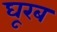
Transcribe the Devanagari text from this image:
घूरब